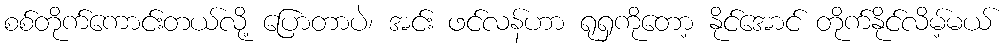
စစ်တိုက်ကောင်းတယ်လို့ ပြောတာပဲ၊ အင်း ဖင်လန်ဟာ ရုရှကိုတော့ နိုင်အောင် တိုက်နိုင်လိမ့်မယ်